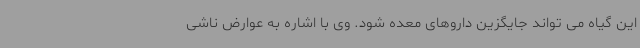
این گیاه می تواند جایگزین داروهای معده شود. وی با اشاره به عوارض ناشی